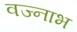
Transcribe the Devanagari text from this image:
वज्नाभ